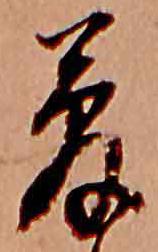
夢